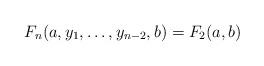
LaTeX: \begin{align*} F_n(a,y_1,\dots, y_{n-2},b)=F_2(a,b) \end{align*}